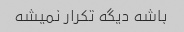
باشه دیگه تکرار نمیشه